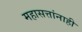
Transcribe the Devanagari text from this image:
महासत्तांनाही